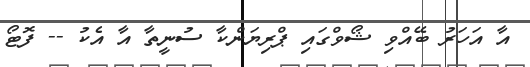
އާ އަހަރު ބޭއްވި ޝޯވްގައި ޕްރިޔަންކާ ސުނީތާ އާ އެކު -- ފޮޓޯ